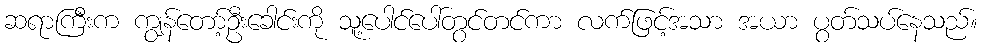
ဆရာကြီးက ကျွန်တော့်ဦးခေါင်းကို သူ့ပေါင်ပေါ်တွင်တင်ကာ လက်ဖြင့်အသာ အယာ ပွတ်သပ်နေသည်။